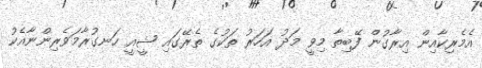
އެމެރިކާއިން އިރާގުން ފޭބިތާ މިވީ މަދު އަހަރު ތަކުގެ ތެރޭގައި ޝީއީ ހަނގުރާމަވެރިންނާއެކު